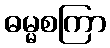
ဓမ္မစကြာ